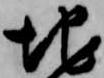
地